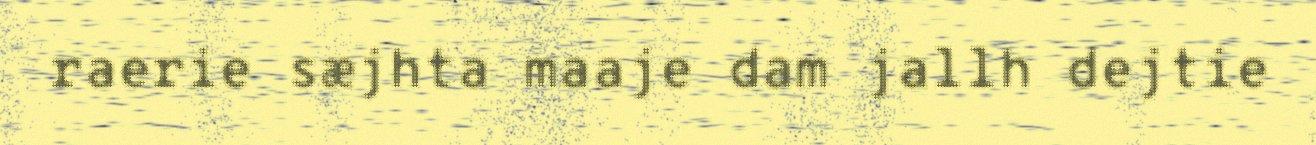
raerie sæjhta maaje dam jallh dejtie